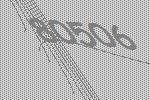
80506